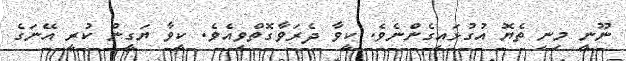
ނޫނީ މިނި ތެޔޮ އުގުޅައިގެންނެވެ. ކީވާ ދެރަވާގޮތްވިއެވެ. ކީވާ ޔަގީން ކުރީ އޭނަގެ